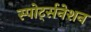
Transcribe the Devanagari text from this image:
स्पोर्ट्सनेशन